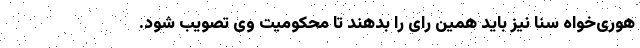
هوری‌خواه سنا نیز باید همین رأی را بدهند تا محکومیت وی تصویب شود.